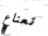
نعناع